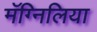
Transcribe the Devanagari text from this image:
मॅग्निलिया